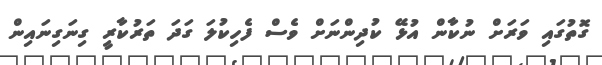
ގޮތުގައި ވަރަށް ނުކާން އުޅޭ ކުދިންނަށް ވެސް ފެހިކުލަ ގަދަ ތަރުކާރީ ގިނަގިނައިން